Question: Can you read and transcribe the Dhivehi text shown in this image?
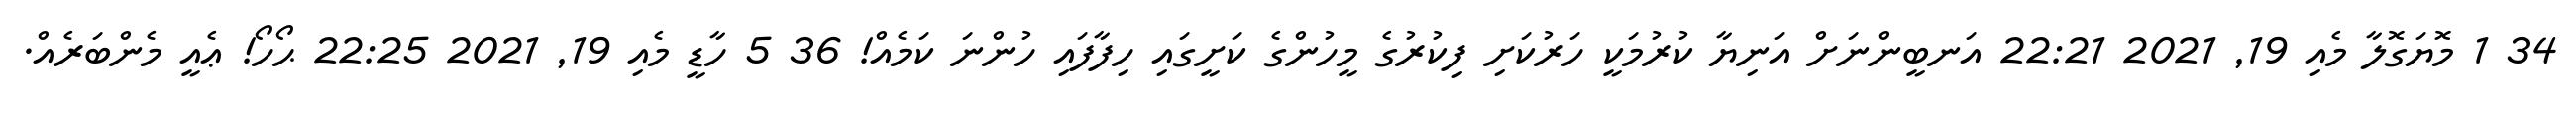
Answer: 34 1 މޮޔަގޮލާ މެއި 19, 2021 22:21 އަނބީންނަށް އަނިޔާ ކުރުމަކީ ހަރުކަށި ފިކުރުގެ މީހުންގެ ކަށީގައި ހިފާފައި ހުންނަ ކަމެއް! 36 5 ހާޑީ މެއި 19, 2021 22:25 ޙޯހޯ! ޢެއީ މެންބަރެއް.